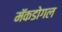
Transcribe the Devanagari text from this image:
मॅकडोगल